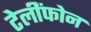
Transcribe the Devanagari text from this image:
टेलींफोन